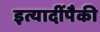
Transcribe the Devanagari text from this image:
इत्यादींपैकी